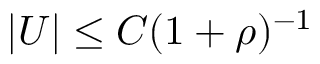
| U | \le C ( 1 + \rho ) ^ { - 1 }